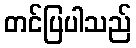
တင်ပြပါသည်